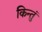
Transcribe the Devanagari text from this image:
किन्तुं